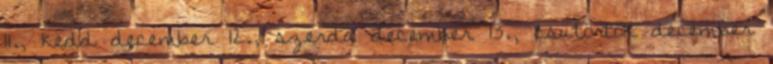
11., kedd december 12., szerda december 13., csütörtök december